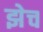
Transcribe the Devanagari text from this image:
झेच